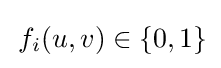
\,f_{i}(u,v)\in \{0,1\}